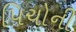
પિચોની